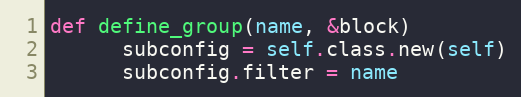
Language: Ruby
def define_group(name, &block)
      subconfig = self.class.new(self)
      subconfig.filter = name